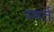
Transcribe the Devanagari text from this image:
स्मर्त